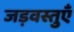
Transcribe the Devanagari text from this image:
जड़वस्तुएँ